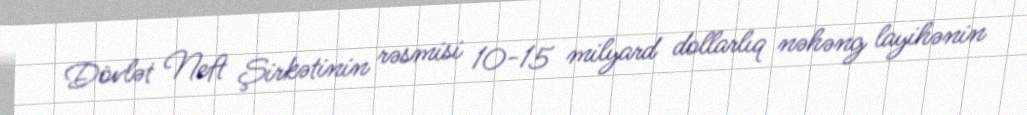
Dövlət Neft Şirkətinin rəsmisi 10-15 milyard dollarlıq nəhəng layihənin